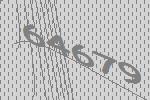
64679